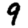
Digit: 9